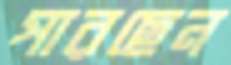
পারছেন